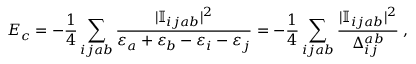
E _ { c } = - \frac { 1 } { 4 } \sum _ { i j a b } \frac { | \mathbb { I } _ { i j a b } | ^ { 2 } } { \varepsilon _ { a } + \varepsilon _ { b } - \varepsilon _ { i } - \varepsilon _ { j } } = - \frac { 1 } { 4 } \sum _ { i j a b } \frac { | \mathbb { I } _ { i j a b } | ^ { 2 } } { \Delta _ { i j } ^ { a b } } \; ,